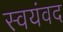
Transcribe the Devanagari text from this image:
स्वयंवद